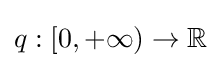
q:[0,+\infty )\to \mathbb {R}